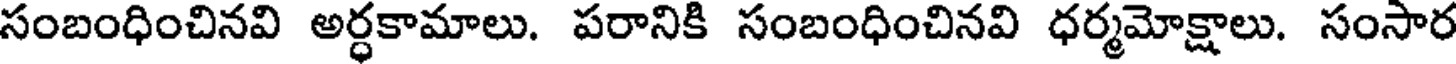
సంబంధించినవి అర్ధకామాలు. పరానికి సంబంధించినవి ధర్మమోక్షాలు. సంసార